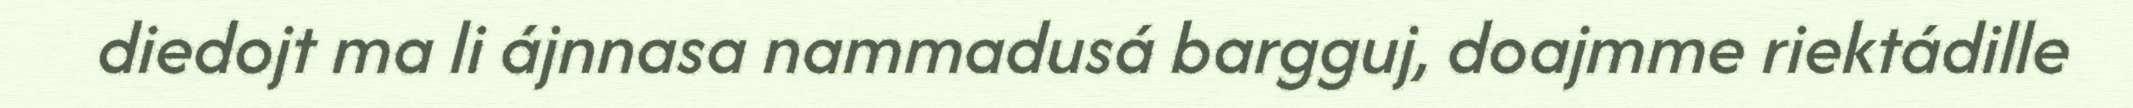
diedojt ma li ájnnasa nammadusá bargguj, doajmme riektádille